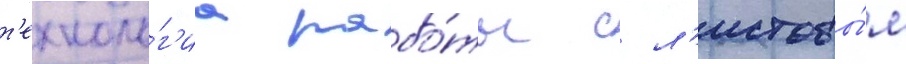
т'ехноло́г'иа рабо́ты с л'истовы́м